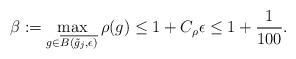
LaTeX: \begin{align*}\beta:=\max_{ g\in \overline{ B( \tilde g_j,\epsilon ) } } \rho(g)\leq 1+C_\rho\epsilon \leq 1+{1\over100}.\end{align*}